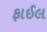
ફાઈલ